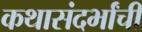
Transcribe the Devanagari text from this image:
कथासंदर्भांची